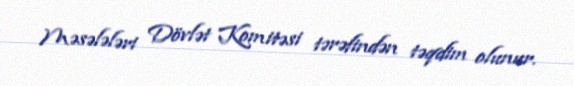
Məsələləri Dövlət Komitəsi tərəfindən təqdim olunur.